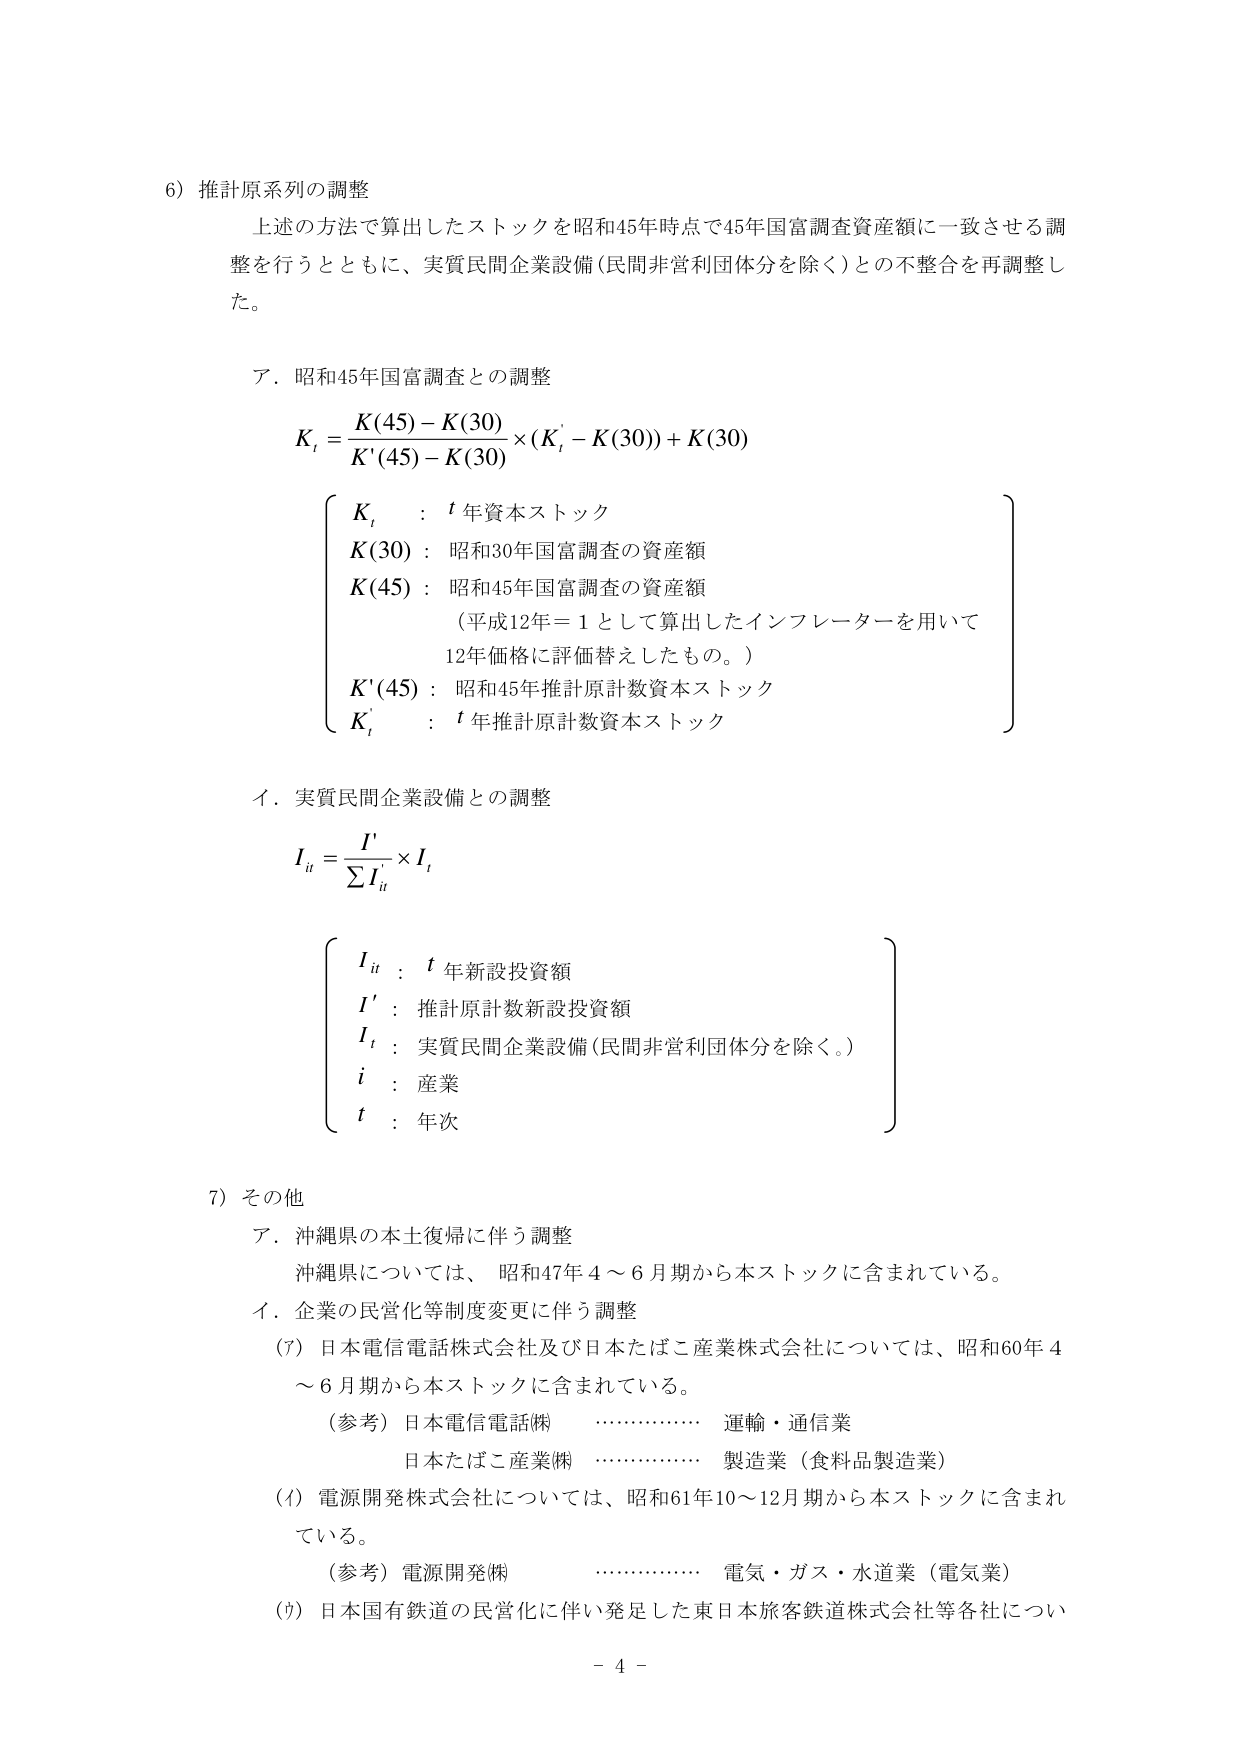
6) 推計原系列の調整
上述の方法で算出したストックを昭和45年時点で45年国富調査資産額に一致させる調整を行うとともに、実質民間企業設備（民間非営利団体分を除く）との不整合を再調整した。

ア．昭和45年国富調査との調整
\[ K_t = \frac{K(45) - K(30)}{K'(45) - K(30)} \times (K'_t - K(30)) + K(30) \]
\[
\left\{
\begin{array}{ll}
K_t & : t \text{ 年資本ストック} \\
K(30) & : \text{昭和30年国富調査の資産額} \\
K(45) & : \text{昭和45年国富調査の資産額} \\
& \quad (\text{平成12年} = 1 \text{ として算出したインフレーターを用いて} \\
& \quad \text{12年価格に評価替えしたもの。}) \\
K'(45) & : \text{昭和45年推計原計数資本ストック} \\
K'_t & : t \text{ 年推計原計数資本ストック}
\end{array}
\right.
\]

イ．実質民間企業設備との調整
\[ I_{it} = \frac{I'}{\sum I_{it}} \times I_t \]
\[
\left\{
\begin{array}{ll}
I_{it} & : t \text{ 年新設投資額} \\
I' & : \text{推計原計数新設投資額} \\
I_t & : \text{実質民間企業設備（民間非営利団体分を除く。）} \\
i & : \text{産業} \\
t & : \text{年次}
\end{array}
\right.
\]

7) その他
ア．沖縄県の本土復帰に伴う調整
沖縄県については、昭和47年4～6月期から本ストックに含まれている。

イ．企業の民営化等制度変更に伴う調整
(7) 日本電信電話株式会社及び日本たばこ産業株式会社については、昭和60年4～6月期から本ストックに含まれている。
（参考）日本電信電話㈱ ……………… 運輸・通信業
　　　　日本たばこ産業㈱ ……………… 製造業（食料品製造業）
(4) 電源開発株式会社については、昭和61年10～12月期から本ストックに含まれている。
（参考）電源開発㈱ ……………… 電気・ガス・水道業（電気業）
(5) 日本国有鉄道の民営化に伴い発足した東日本旅客鉄道株式会社等各社につい

- 4 -